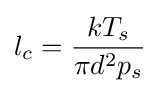
l_{c}={\frac {kT_{s}}{\pi d^{2}p_{s}}}